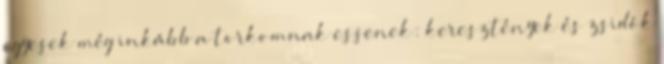
egyesek még inkább a torkomnak essenek: keresztények és zsidók